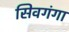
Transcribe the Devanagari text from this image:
सिवगंगा